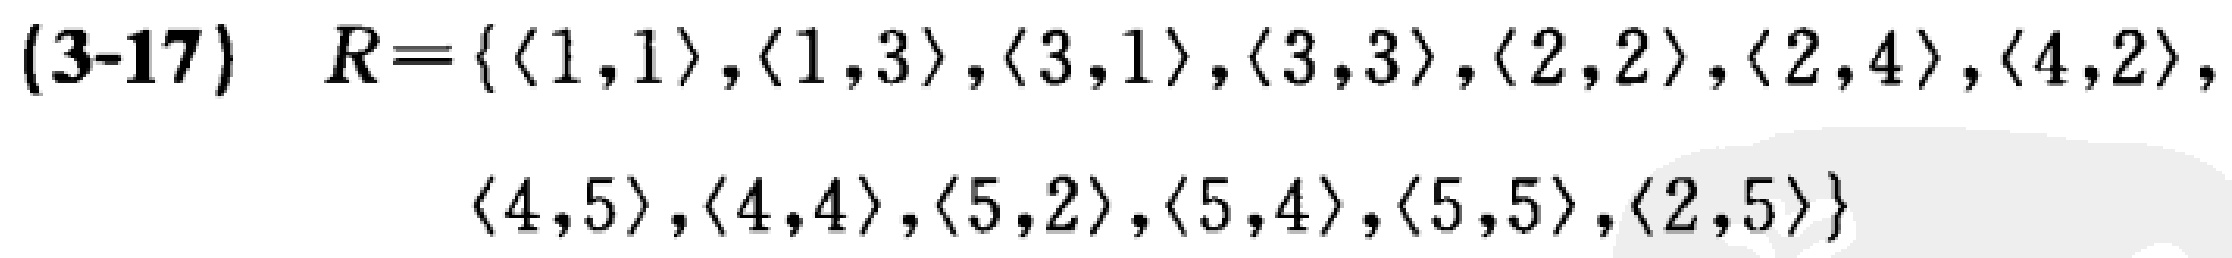
(3-17) \(R=\{\langle 1,1\rangle,\langle 1,3\rangle,\langle 3,1\rangle,\langle 3,3\rangle,\langle 2,2\rangle,\langle 2,4\rangle,\langle 4,2\rangle,\\\langle 4,5\rangle,\langle 4,4\rangle,\langle 5,2\rangle,\langle 5,4\rangle,\langle 5,5\rangle,\langle 2,5\rangle\}\)